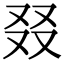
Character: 叕